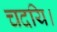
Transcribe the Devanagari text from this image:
चदयि।